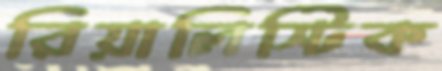
রিয়ালিস্টিক